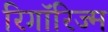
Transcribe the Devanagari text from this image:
रिगॉरिज्म